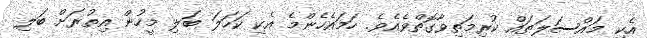
އެކި މައްސަލަތައް ކުރިމަތިވާގޮތްވެއެވެ. ހަމައެހެންމެ އެކި ކަހަލަ ބަލި މީހުން އިތުރަށް ބަލި